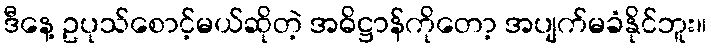
ဒီနေ့ ဥပုသ်စောင့်မယ်ဆိုတဲ့ အဓိဋ္ဌာန်ကိုတော့ အပျက်မခံနိုင်ဘူး။